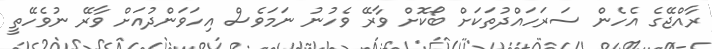
ރާއްޖޭގެ އެހެން ސަރަހައްދުތަކަށް ބޯކޮށް ވާރޭ ވެހުނު ނަމަވެސް އިހަވަންދުއަށް ވާރޭ ނުވެހޭތީ